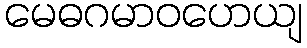
မေဓဂမာဝဟေယျ